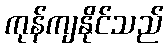
ကုန်ကျနိုင်သည်